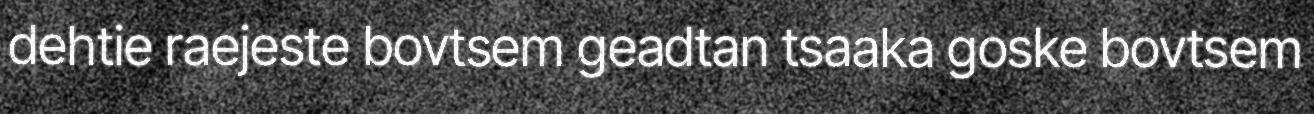
dehtie raejeste bovtsem geadtan tsaaka goske bovtsem